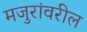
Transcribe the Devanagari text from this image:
मजुरांवरील